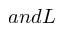
a n d L